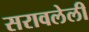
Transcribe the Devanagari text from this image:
सरावलेली